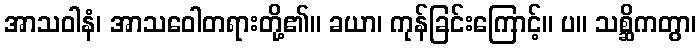
အာသဝါနံ၊ အာသဝေါတရားတို့၏။ ခယာ၊ ကုန်ခြင်းကြောင့်။ ပ။ သစ္ဆိကတွာ၊